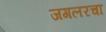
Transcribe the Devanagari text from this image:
जगलरचा